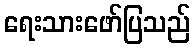
ရေးသားဖော်ပြသည်